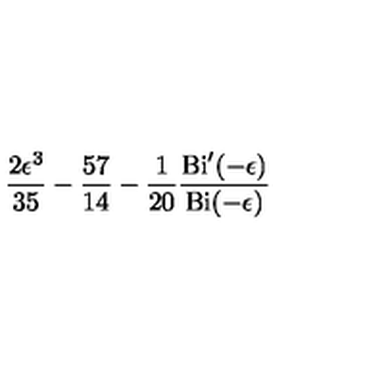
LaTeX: { \frac { 2 \epsilon ^ { 3 } } { 3 5 } } - { \frac { 5 7 } { 1 4 } } - { \frac { 1 } { 2 0 } } { \frac { \mathrm { B i } ^ { \prime } ( - \epsilon ) } { \mathrm { B i } ( - \epsilon ) } }